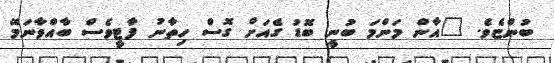
ބުންޏެވެ. "އާން މަންމަ ބުނީ ބޮޑު ގެއަށް ގޮސް ހިތާނު ފާޓީވެސް ބާއްވާނަމޭ